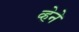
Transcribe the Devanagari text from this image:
व्हेने